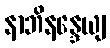
နာဘိနန္ဒေယျ